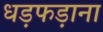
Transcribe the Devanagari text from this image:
धड़फड़ाना